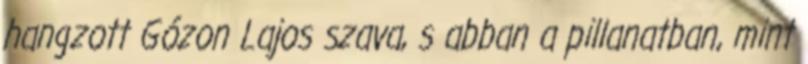
hangzott Gózon Lajos szava, s abban a pillanatban, mint